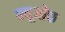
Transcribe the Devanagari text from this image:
क्यूओक